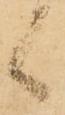
候